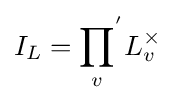
I_{L}={\prod _{v}}^{'}L_{v}^{\times }